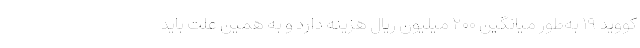
کووید ۱۹ به‌طور میانگین ۲۰۰ میلیون ریال هزینه دارد و به همین علت باید